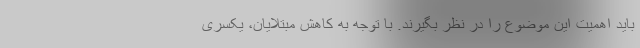
باید اهمیت این موضوع را در نظر بگیرند. با توجه به کاهش مبتلایان، یکسری